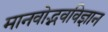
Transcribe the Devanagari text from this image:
मानवोद्भवविज्ञान